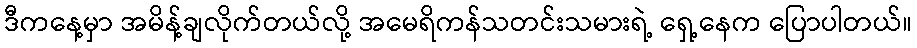
ဒီကနေ့မှာ အမိန့်ချလိုက်တယ်လို့ အမေရိကန်သတင်းသမားရဲ့ ရှေ့နေက ပြောပါတယ်။